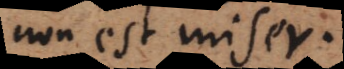
non est miser.